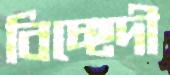
বিচ্ছেদী